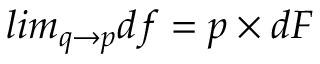
l i m _ { q \to p } d f = p \times d F